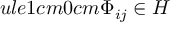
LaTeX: ule { 1 cm } { 0 cm } \Phi _ { i j } \in H